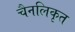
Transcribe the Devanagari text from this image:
चैनलिकृत